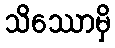
သိဿောမှိ